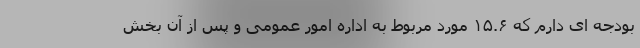
بودجه ای دارم که ۱۵.۶ مورد مربوط به اداره امور عمومی و پس از آن بخش